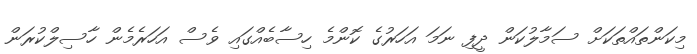
މިކަންތައްތަކަށް ސަމާލުކަން ދީފި ނަމަ އަހަރުގެ ކޮންމެ ހިސާބެއްގައި ވެސް އަހަރެމެން ހާސިލްކުރަން